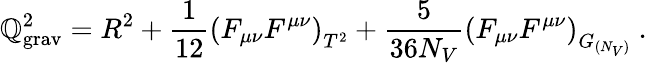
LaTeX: \mathbb{Q}_{\mathrm{{grav}}}^{2}=R^{2}+{\frac{{1}}{{12}}}\left(F_{\mu\nu}F^{\mu\nu}\right)_{T^{2}}+{\frac{{5}}{{36N_{V}}}}\left(F_{\mu\nu}F^{\mu\nu}\right)_{G_{(N_{V})}}~.